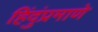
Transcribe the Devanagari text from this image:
हिंदुंप्रमाणे